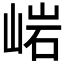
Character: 𱛳